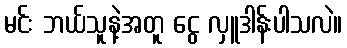
မင်း ဘယ်သူနဲ့အတူ ငွေ လှူဒါန်းပါသလဲ။